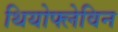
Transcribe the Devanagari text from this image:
थियोफ्लेविन